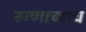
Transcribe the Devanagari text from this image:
रुग्णाच्याच